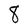
Character: 8